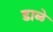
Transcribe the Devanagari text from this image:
डाळे